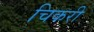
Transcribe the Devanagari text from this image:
चिकरी